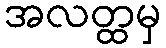
အလတ္ထမှ